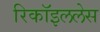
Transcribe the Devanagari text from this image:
रिकॉइललेस